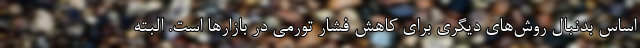
اساس بدنبال روش‌های دیگری برای کاهش فشار تورمی در بازار‌ها است. البته